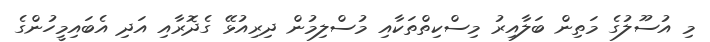
މި އުސޫލުގެ މަތިން ބަލާއިރު މިސްކިތްތަކާއި މުސްލިމުން ދިރިއުޅޭ ގެދޮރާއި އަދި އެބައިމީހުންގެ